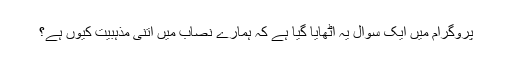
پروگرام میں ایک سوال یہ اٹھایا گیا ہے کہ ہمارے نصاب میں اتنی مذہبیت کیوں ہے؟